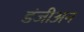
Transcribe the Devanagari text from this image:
डंजीअन